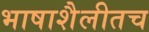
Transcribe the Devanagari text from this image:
भाषाशैलीतच